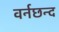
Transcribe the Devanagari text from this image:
वर्नछन्द